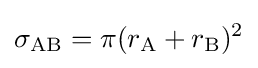
\sigma _{\text{AB}}=\pi (r_{\text{A}}+r_{\text{B}})^{2}